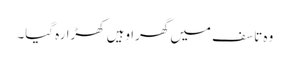
وہ تاسف میں گھرا وہیں کھڑا رہ گیا۔